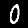
Label: 0